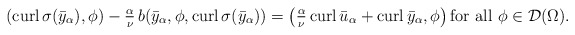
\begin{align*}\left(\mathrm{curl}\, \sigma(\bar y_\alpha),\phi\right)-\tfrac{\alpha}{\nu}\, b(\bar y_\alpha,\phi,\mathrm{curl}\, \sigma(\bar y_\alpha))=\left(\tfrac{\alpha}{\nu}\,\mathrm{curl}\, \bar u_\alpha+\mathrm{curl}\, \bar y_\alpha,\phi\right)\mbox{for all} \ \phi\in {\cal D}(\Omega).\end{align*}